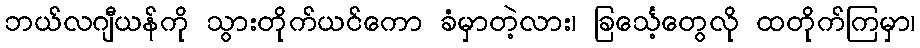
ဘယ်လဂျီယန်ကို သွားတိုက်ယင်ကော ခံမှာတဲ့လား၊ ခြင်္သေ့တွေလို ထတိုက်ကြမှာ၊